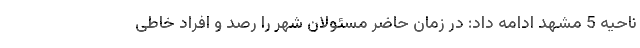
ناحیه 5 مشهد ادامه داد: در زمان حاضر مسئولان شهر را رصد و افراد خاطی